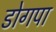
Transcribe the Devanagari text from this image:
डोगपा